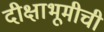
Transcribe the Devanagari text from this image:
दीक्षाभूमीची